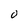
Character: 0